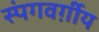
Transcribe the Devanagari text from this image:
स्पंगवर्ग़ीय